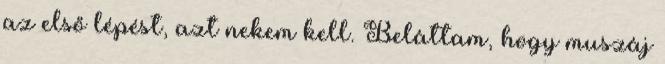
az első lépést, azt nekem kell. Beláttam, hogy muszáj